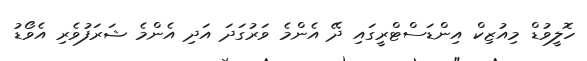
ހޮލީވުޑް މިއުޒިކް އިންޑަސްޓްރީގައި ދޭ އެންމެ ވަރުގަދަ އަދި އެންމެ ޝަރަފުވެރި އެވޯޑު